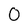
Character: 0